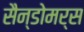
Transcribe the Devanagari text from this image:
सैन्डोमर्स